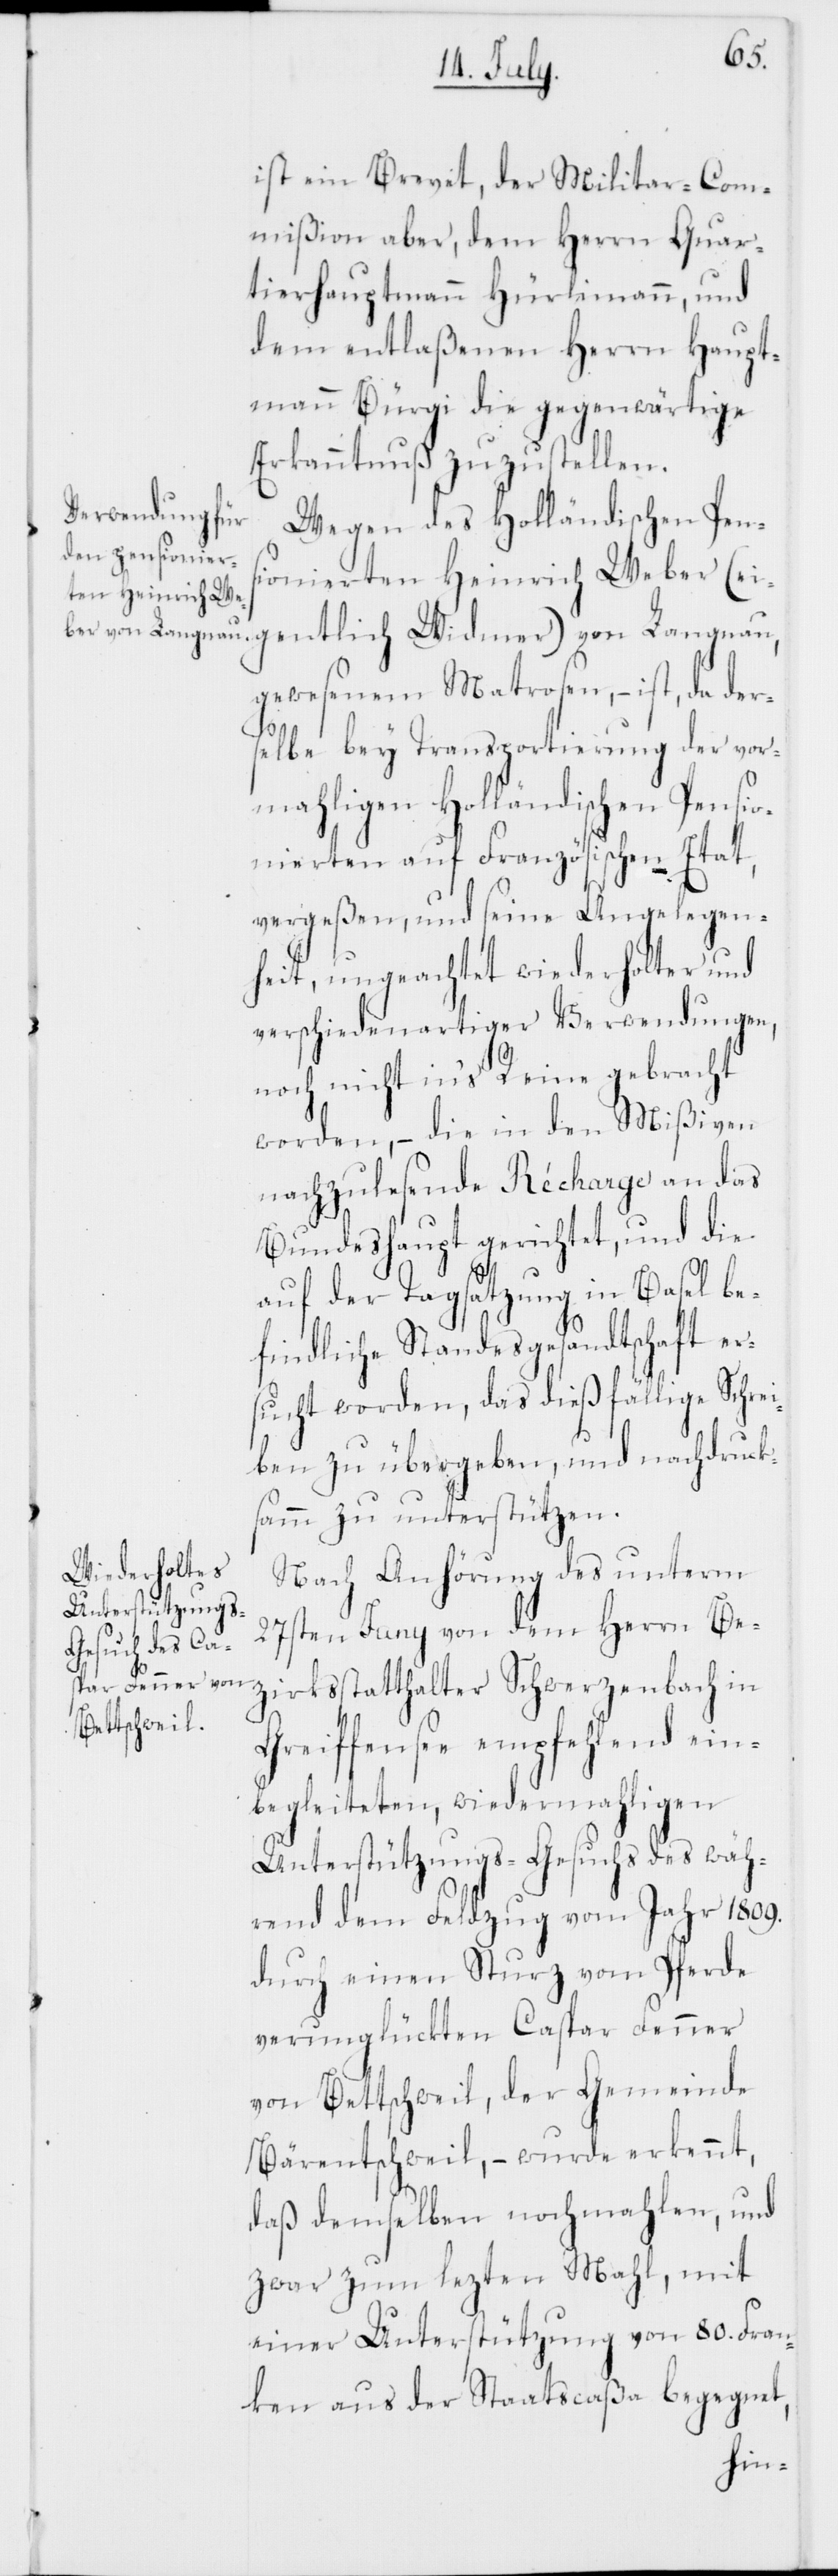
ist ein Brevet, der Militar-Com¬
mißion aber, dem Herrn Quar¬
tierhauptmann Hürlimann, und
dem entlaßenen Herrn Haupt¬
mann Bürgi die gegenwärtige
Erkanntnuß zuzustellen.
Wegen des Holländischen Pens¬
ionierten Heinrich Weber (ei¬
gewesenem Matrosen, – ist, da der¬
selbe bey Transportierung der vor¬
mahligen Holländischen Pensio¬
nierten auf Französischen Etat,
vergeßen, und seine Angelegen¬
heit, ungeachtet wiederholter und
verschiedenartiger Verwendungen,
noch nicht ins Reine gebracht
worden, – die in den Mißiven
nachzulesende Récharge an das
Bundeshaupt gerichtet, und die
auf der Tagsatzung in Basel be¬
findliche Standesgesandtschaft er¬
sucht worden, das dießfällige Schrei¬
ben zu übergeben, und nachdruck¬
samm zu unterstützen.
Nach Anhörung des unterm
27sten Juny von dem Herrn Be¬
tlich Widmer) von
zirksstatthalter Schwerzenbach in
Greifensee empfehlend ein¬
begleiteten, wiedermahligen
Unterstützungs-Gesuchs des wäh¬
rend dem Feldzug vom Jahr 1809.
durch einen Sturz vom Pferde
verunglückten Caspar Fenner
von Bettschweil, der Gemeinde
Bärentschweil, – wurde erkennt,
daß demselben nochmahlen, und
zwar zum lezten Mahl, mit
einer Unterstützung von 80. Fran¬
ken aus der Staatscaßa begegnet,
gen¬